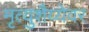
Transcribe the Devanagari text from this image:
मृत्युशैय्येवर